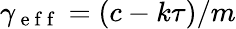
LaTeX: \gamma_{\mathrm{~e~f~f~}}=(c-k\tau)/m